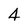
Character: 4